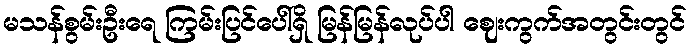
မသန်စွမ်းဦးရေ ကြမ်းပြင်ပေါ်ရှိ မြန်မြန်လုပ်ပါ ဈေးကွက်အတွင်းတွင်